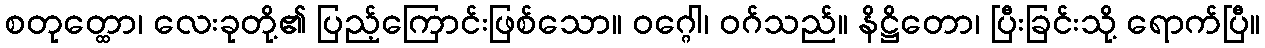
စတုတ္ထော၊ လေးခုတို့၏ ပြည့်ကြောင်းဖြစ်သော။ ဝဂ္ဂေါ၊ ဝဂ်သည်။ နိဋ္ဌိတော၊ ပြီးခြင်းသို့ ရောက်ပြီ။